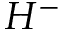
H ^ { - }